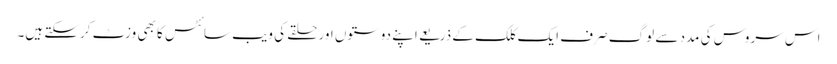
اس سروس کی مدد سے لوگ صرف ایک کلک کے ذریعے اپنے دوستوں اور حلقے کی ویب سائٹس کا بھی وزٹ کرسکتے ہیں۔